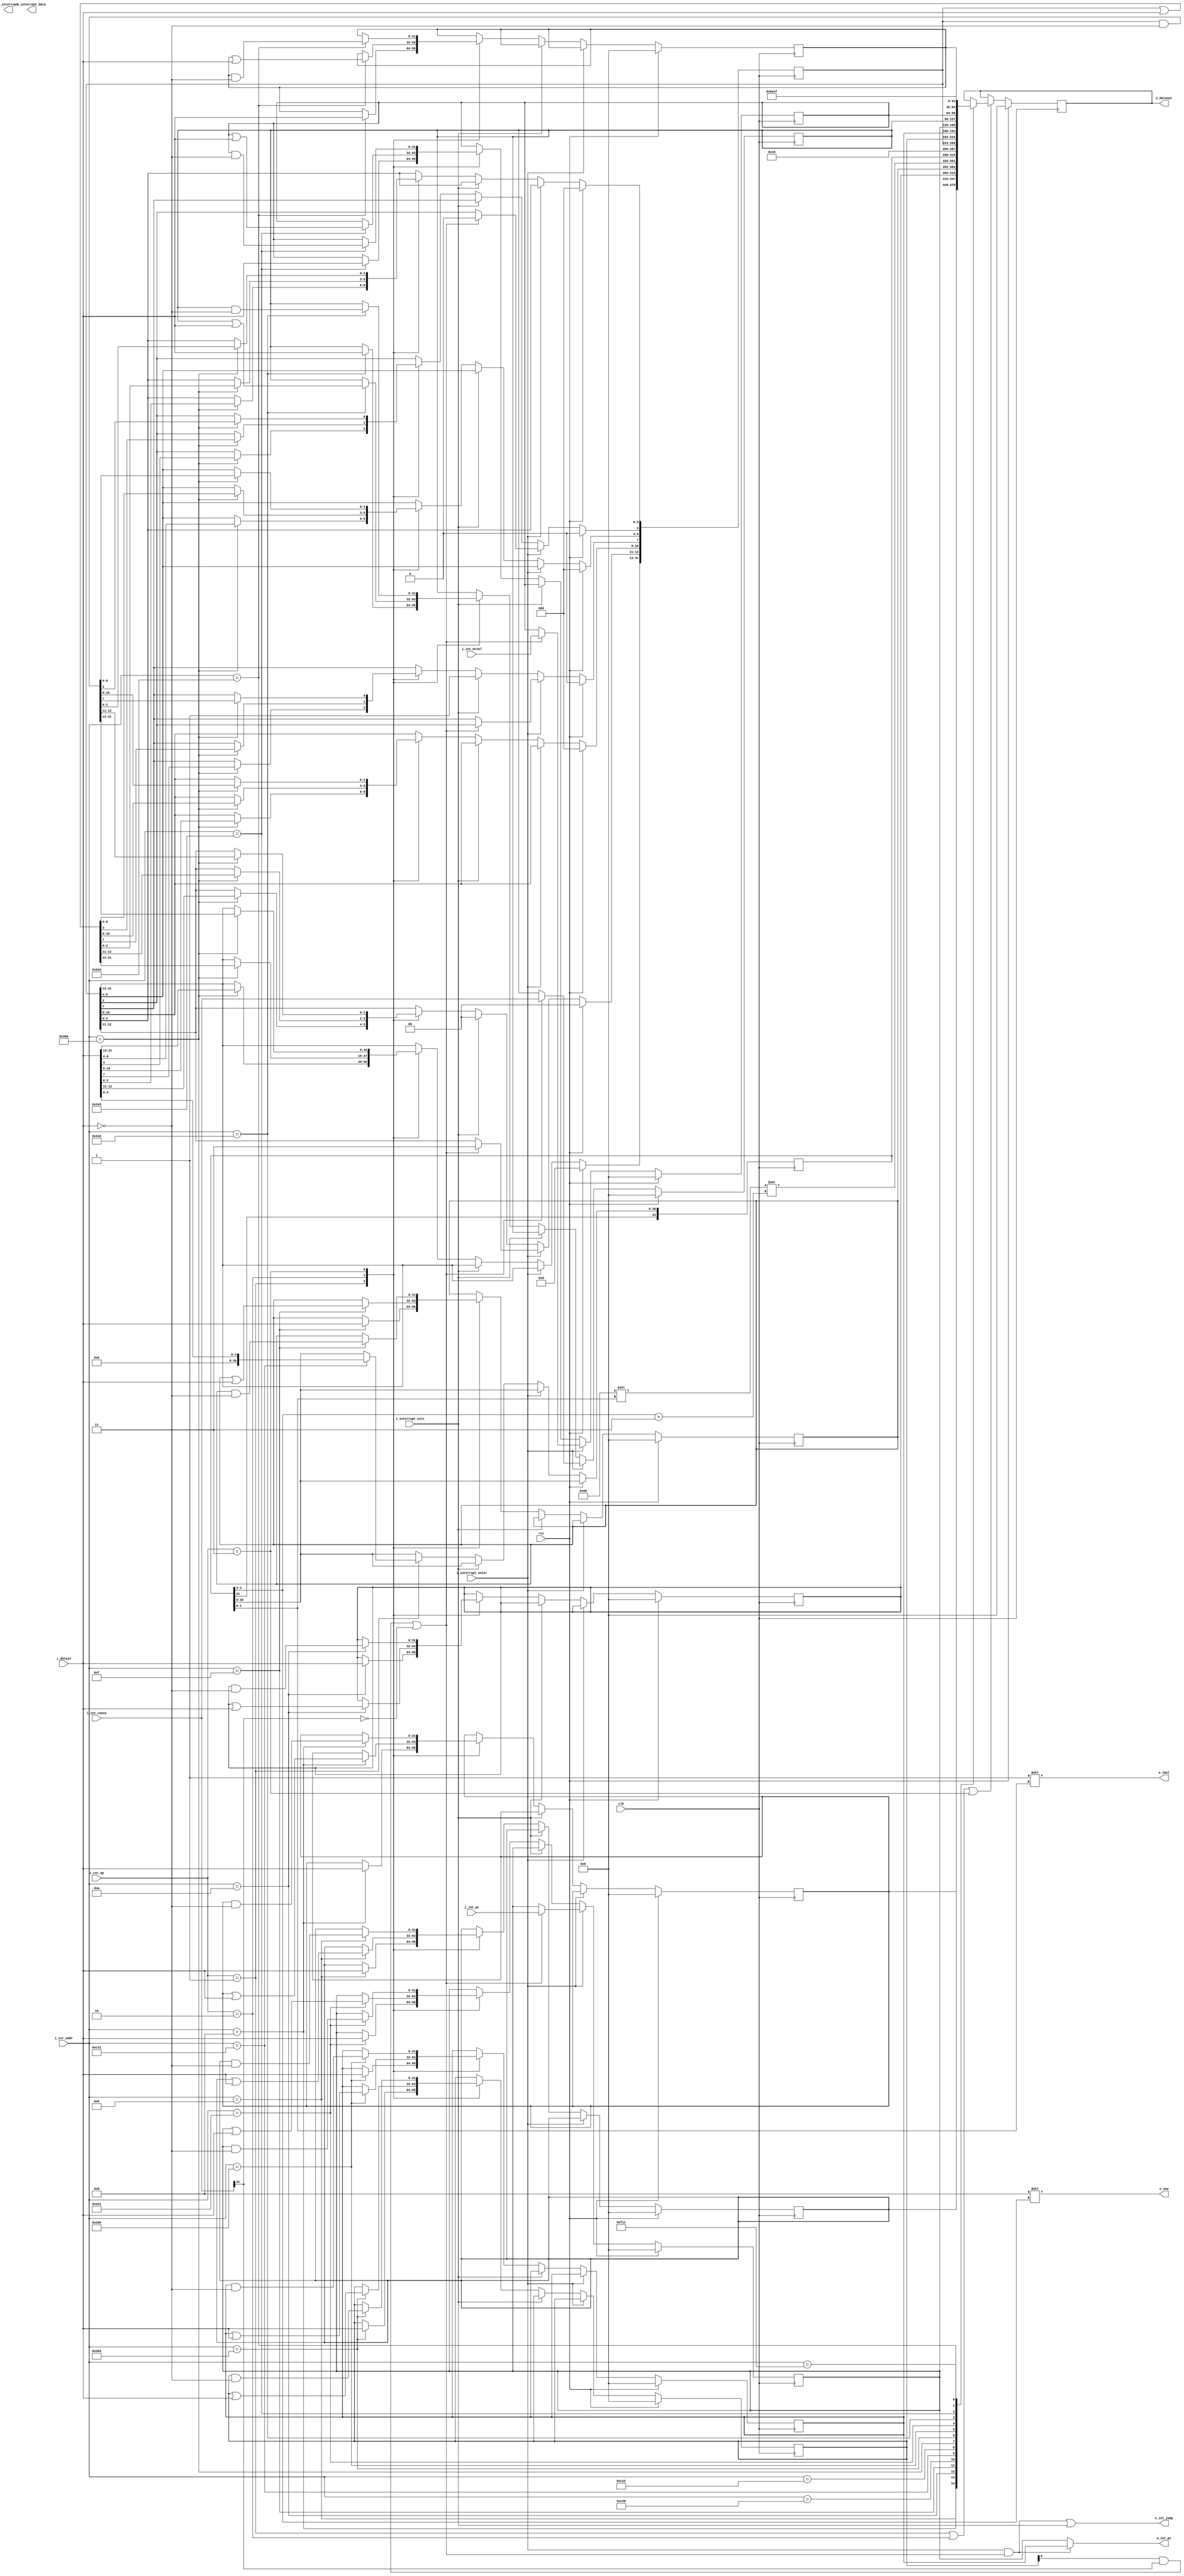
`timescale 1ns / 1ps
module csr #(
	parameter		VLEN = 128,
	parameter		CORE_ID = 1
)(
	input			clk,
	input			rst,

	input	[31:0]	i_datain,
	output	[31:0]	o_dataout,
	input	[1:0]	i_csr_op,
	input	[11:0]	i_csr_addr,

	output	[10:0]	o_sew,
	output	[3:0]	o_lmul,

	input	[31:0]	i_int_cause,
	input	[31:0]	i_int_pc,
	input	[31:0]	i_int_mtval,

	output	[31:0]	o_int_pc,
	output			o_int_jump,

	input			i_interrupt_enter,
	input			i_interrupt_exit,

	output			o_interrupt,
	output	[31:0]	o_interrupt_data
);

	reg		[31:0]	r_out_crs;

	/*
		mstatus	: status of processor
		mie		: Indicate ablable interrupt
		mtvec	: Jump destination I-mem address when interrupt
		mepc	: Current I-mem address when interrupt
		mcause	: Cause of interrupt
		mtval	: Value depending on the exception
		mip		: Interrupt wait state
	*/
	reg		[31:0]	mstatus;
	reg		[31:0]	mie;
	reg		[31:0]	mtvec;
	reg		[31:0]	mepc;
	reg		[31:0]	mcause;
	reg		[31:0]	mtval;
	reg		[31:0]	mip;

	/*
		vstart	: Specify vector start position
		vxsat	: Floating or Fixed point saturation flag
		xvrm	: Floating point rounding mode
		vl		: Vector length
		vtype	: Vector data type (vill[XLEN-1]-> illigal flag, 
									vediv[6:5]	-> EDIV extention, 
									vsaw[4:2]	-> Standard-Element-Width, 
									vlmul[1:0]	-> group multiplication)
		vlenb	: VLEN/8 -- Length in bytes of vector register
	*/
	reg		[31:0]	vstart;
	reg		[31:0]	vxsat;
	reg		[31:0]	vxrm;
	reg		[31:0]	vcsr;
	//reg		[31:0]	vl;
	reg		[31:0]	vtype;
	//reg	[31:0]	vlenb;

	wire	[10:0]	sew;
	wire	[3:0]	lmul;
	wire			vill;

	wire	[31:0]	vl;
	wire	[31:0]	vlenb;

	assign	sew = (11'h8 << vtype[4:2]);
	assign	lmul = (4'h1 << vtype[1:0]);
	assign	vill = (VLEN < sew);

	assign	o_sew = sew;
	assign	o_lmul = lmul;

	assign	vl = (VLEN << vtype[1:0]) >> (vtype[4:2] + 3'h3); // LMUL*VLEN/SEW
	assign	vlenb = VLEN/8;

	localparam	WRITE	=	2'b01,
				BSET	=	2'b10,
				BCLR	=	2'b11;

	always @(posedge clk) begin
		if (rst) begin
			vstart	<=	32'h0;
			vxsat	<=	32'h0;
			vxrm	<=	32'h0;
			vcsr	<=	32'h0;

			mstatus	<=	32'h0;
			mie		<=	32'h0;
			mtvec	<=	32'h0;
			mepc	<=	32'h0;
			mcause	<=	32'h0;
			mtval	<=	32'h0;
			mip		<=	32'h0;
		end else if (i_interrupt_enter) begin
			if ((mie[0] && i_int_cause[31]) || !i_int_cause[31]) begin
				mstatus[7]		<=	mstatus[3];
				mstatus[3]		<=	0;
				mstatus[12:11]	<=	2'b11;

				mcause			<=	i_int_cause;
				mepc			<=	i_int_pc;
				mtval			<=	i_int_mtval;
			end 
		end else if (i_interrupt_exit) begin
			mstatus[3]		<=	mstatus[7];
			mstatus[7]		<=	1;
			mstatus[12:11]	<=	2'b00;
		end else begin
			case(i_csr_op)
				WRITE: begin
					case (i_csr_addr)
						12'h008: vstart		<=	i_datain;
						12'h009: vxsat		<=	i_datain;
						12'h00A: vxrm		<=	i_datain;
						12'h00F: vcsr		<=	i_datain;

						12'hC21: vtype		<=	{vtype[31], 26'h0, i_datain[4:0]};

						12'h300: mstatus	<=	i_datain;
						12'h304: mie		<=	i_datain;
						12'h305: mtvec		<=	i_datain;
						12'h341: mepc		<=	i_datain;
						12'h342: mcause		<=	i_datain;
						12'h343: mtval		<=	i_datain;
						12'h344: mip		<=	i_datain;
					endcase
				end
				BSET: begin
					case (i_csr_addr)
						12'h008: vstart		<=	vstart | i_datain;
						12'h009: vxsat		<=	vxsat | i_datain;
						12'h00A: vxrm		<=	vxrm | i_datain;
						12'h00F: vcsr		<=	vcsr | i_datain;

						12'h300: mstatus	<=	mstatus | i_datain;
						12'h304: mie		<=	mie | i_datain;
						12'h305: mtvec		<=	mtvec | i_datain;
						12'h341: mepc		<=	mepc | i_datain;
						12'h342: mcause		<=	mcause | i_datain;
						12'h343: mtval		<=	mtval | i_datain;
						12'h344: mip		<=	mip | i_datain;
					endcase
				end
				BCLR: begin
					case (i_csr_addr)
						12'h008: vstart		<=	vstart & (~i_datain);
						12'h009: vxsat		<=	vxsat & (~i_datain);
						12'h00A: vxrm		<=	vxrm & (~i_datain);
						12'h00F: vcsr		<=	vcsr & (~i_datain);

						12'h300: mstatus	<=	mstatus & (~i_datain);
						12'h304: mie		<=	mie & (~i_datain);
						12'h305: mtvec		<=	mtvec & (~i_datain);
						12'h341: mepc		<=	mepc & (~i_datain);
						12'h342: mcause		<=	mcause & (~i_datain);
						12'h343: mtval		<=	mtval & (~i_datain);
						12'h344: mip		<=	mip & (~i_datain);
					endcase
				end
			endcase
		end
	end

	always @(posedge clk) begin
		if (rst) begin
			r_out_crs	<=	32'h0;
		end else begin
			if (i_csr_op == WRITE || i_csr_op == BSET || i_csr_op == BCLR) begin
				case (i_csr_addr)
					12'h008: r_out_crs	<=	vstart;
					12'h009: r_out_crs	<=	vxsat;
					12'h00A: r_out_crs	<=	vxrm;
					12'h00F: r_out_crs	<=	vcsr;

					12'hC20: r_out_crs	<=	vl;
					12'hC21: r_out_crs	<=	vtype;
					12'hC22: r_out_crs	<=	vlenb;

					12'h300: r_out_crs	<=	mstatus;
					12'h304: r_out_crs	<=	mie;
					12'h305: r_out_crs	<=	mtvec;
					12'h341: r_out_crs	<=	mepc;
					12'h342: r_out_crs	<=	mcause;
					12'h343: r_out_crs	<=	mtval;
					12'h344: r_out_crs	<=	mip;

					// Machine Information
					12'hF11: r_out_crs	<=	32'h0000BEEF;	// Vendor ID
					12'hF11: r_out_crs	<=	32'h00000001;	// Architecture ID
					12'hF11: r_out_crs	<=	32'h00000001;	// Implementation ID
					12'hF11: r_out_crs	<=	CORE_ID;		// Hardware thread ID
					default: r_out_crs	<=	r_out_crs;
				endcase
			end
		end
	end
	assign	o_dataout = r_out_crs;
	assign	o_int_pc =	(i_interrupt_enter && ((mie[0] && i_int_cause[31]) || !i_int_cause[31]))
						?	mtvec
						:	mepc	;

	assign	o_int_jump = (i_interrupt_enter && ((mie[0] && i_int_cause[31]) || !i_int_cause[31])) || i_interrupt_exit;

endmodule